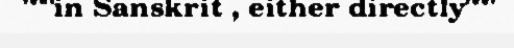
"""in Sanskrit , either directly"""